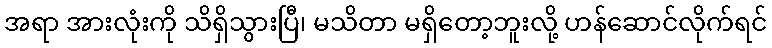
အရာ အားလုံးကို သိရှိသွားပြီ၊ မသိတာ မရှိတော့ဘူးလို့ ဟန်ဆောင်လိုက်ရင်